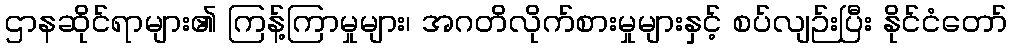
ဌာနဆိုင်ရာများ၏ ကြန့်ကြာမှုများ၊ အဂတိလိုက်စားမှုများနှင့် စပ်လျဉ်းပြီး နိုင်ငံတော်